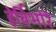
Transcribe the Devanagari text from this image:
हेर्बिभोरे